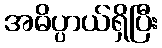
အဓိပ္ပာယ်ရှိပြီး